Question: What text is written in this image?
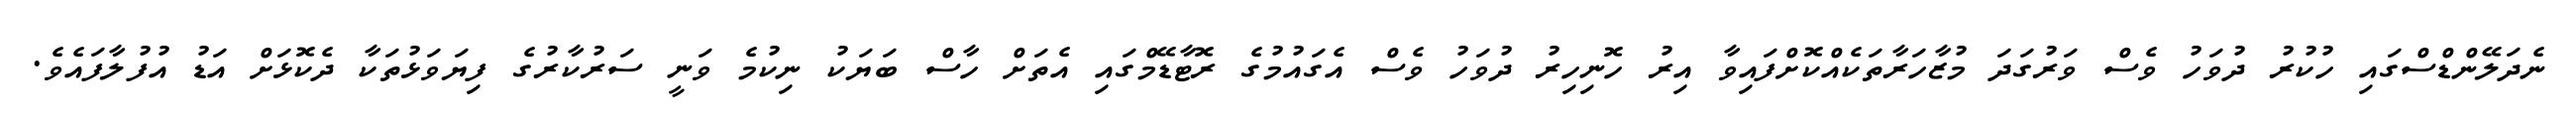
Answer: ނެދަލޭންޑްސްގައި ހުކުރު ދުވަހު ވެސް ވަރުގަދަ މުޒާހަރާތަކެއްކޮށްފައިވާ އިރު ހޮނިހިރު ދުވަހު ވެސް އެގައުމުގެ ރޮޓާޑޭމްގައި އެތަށް ހާސް ބަޔަކު ނިކުމެ ވަނީ ސަރުކާރުގެ ފިޔަވަޅުތަކާ ދެކޮޅަށް އަޑު އުފުލާފައެވެ.